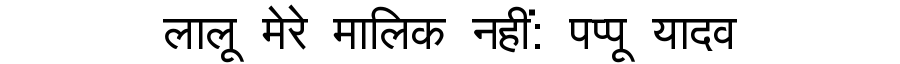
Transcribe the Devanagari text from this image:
लालू मेरे मालिक नहीं: पप्पू यादव